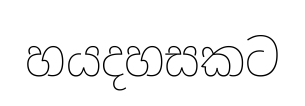
හයදහසකට